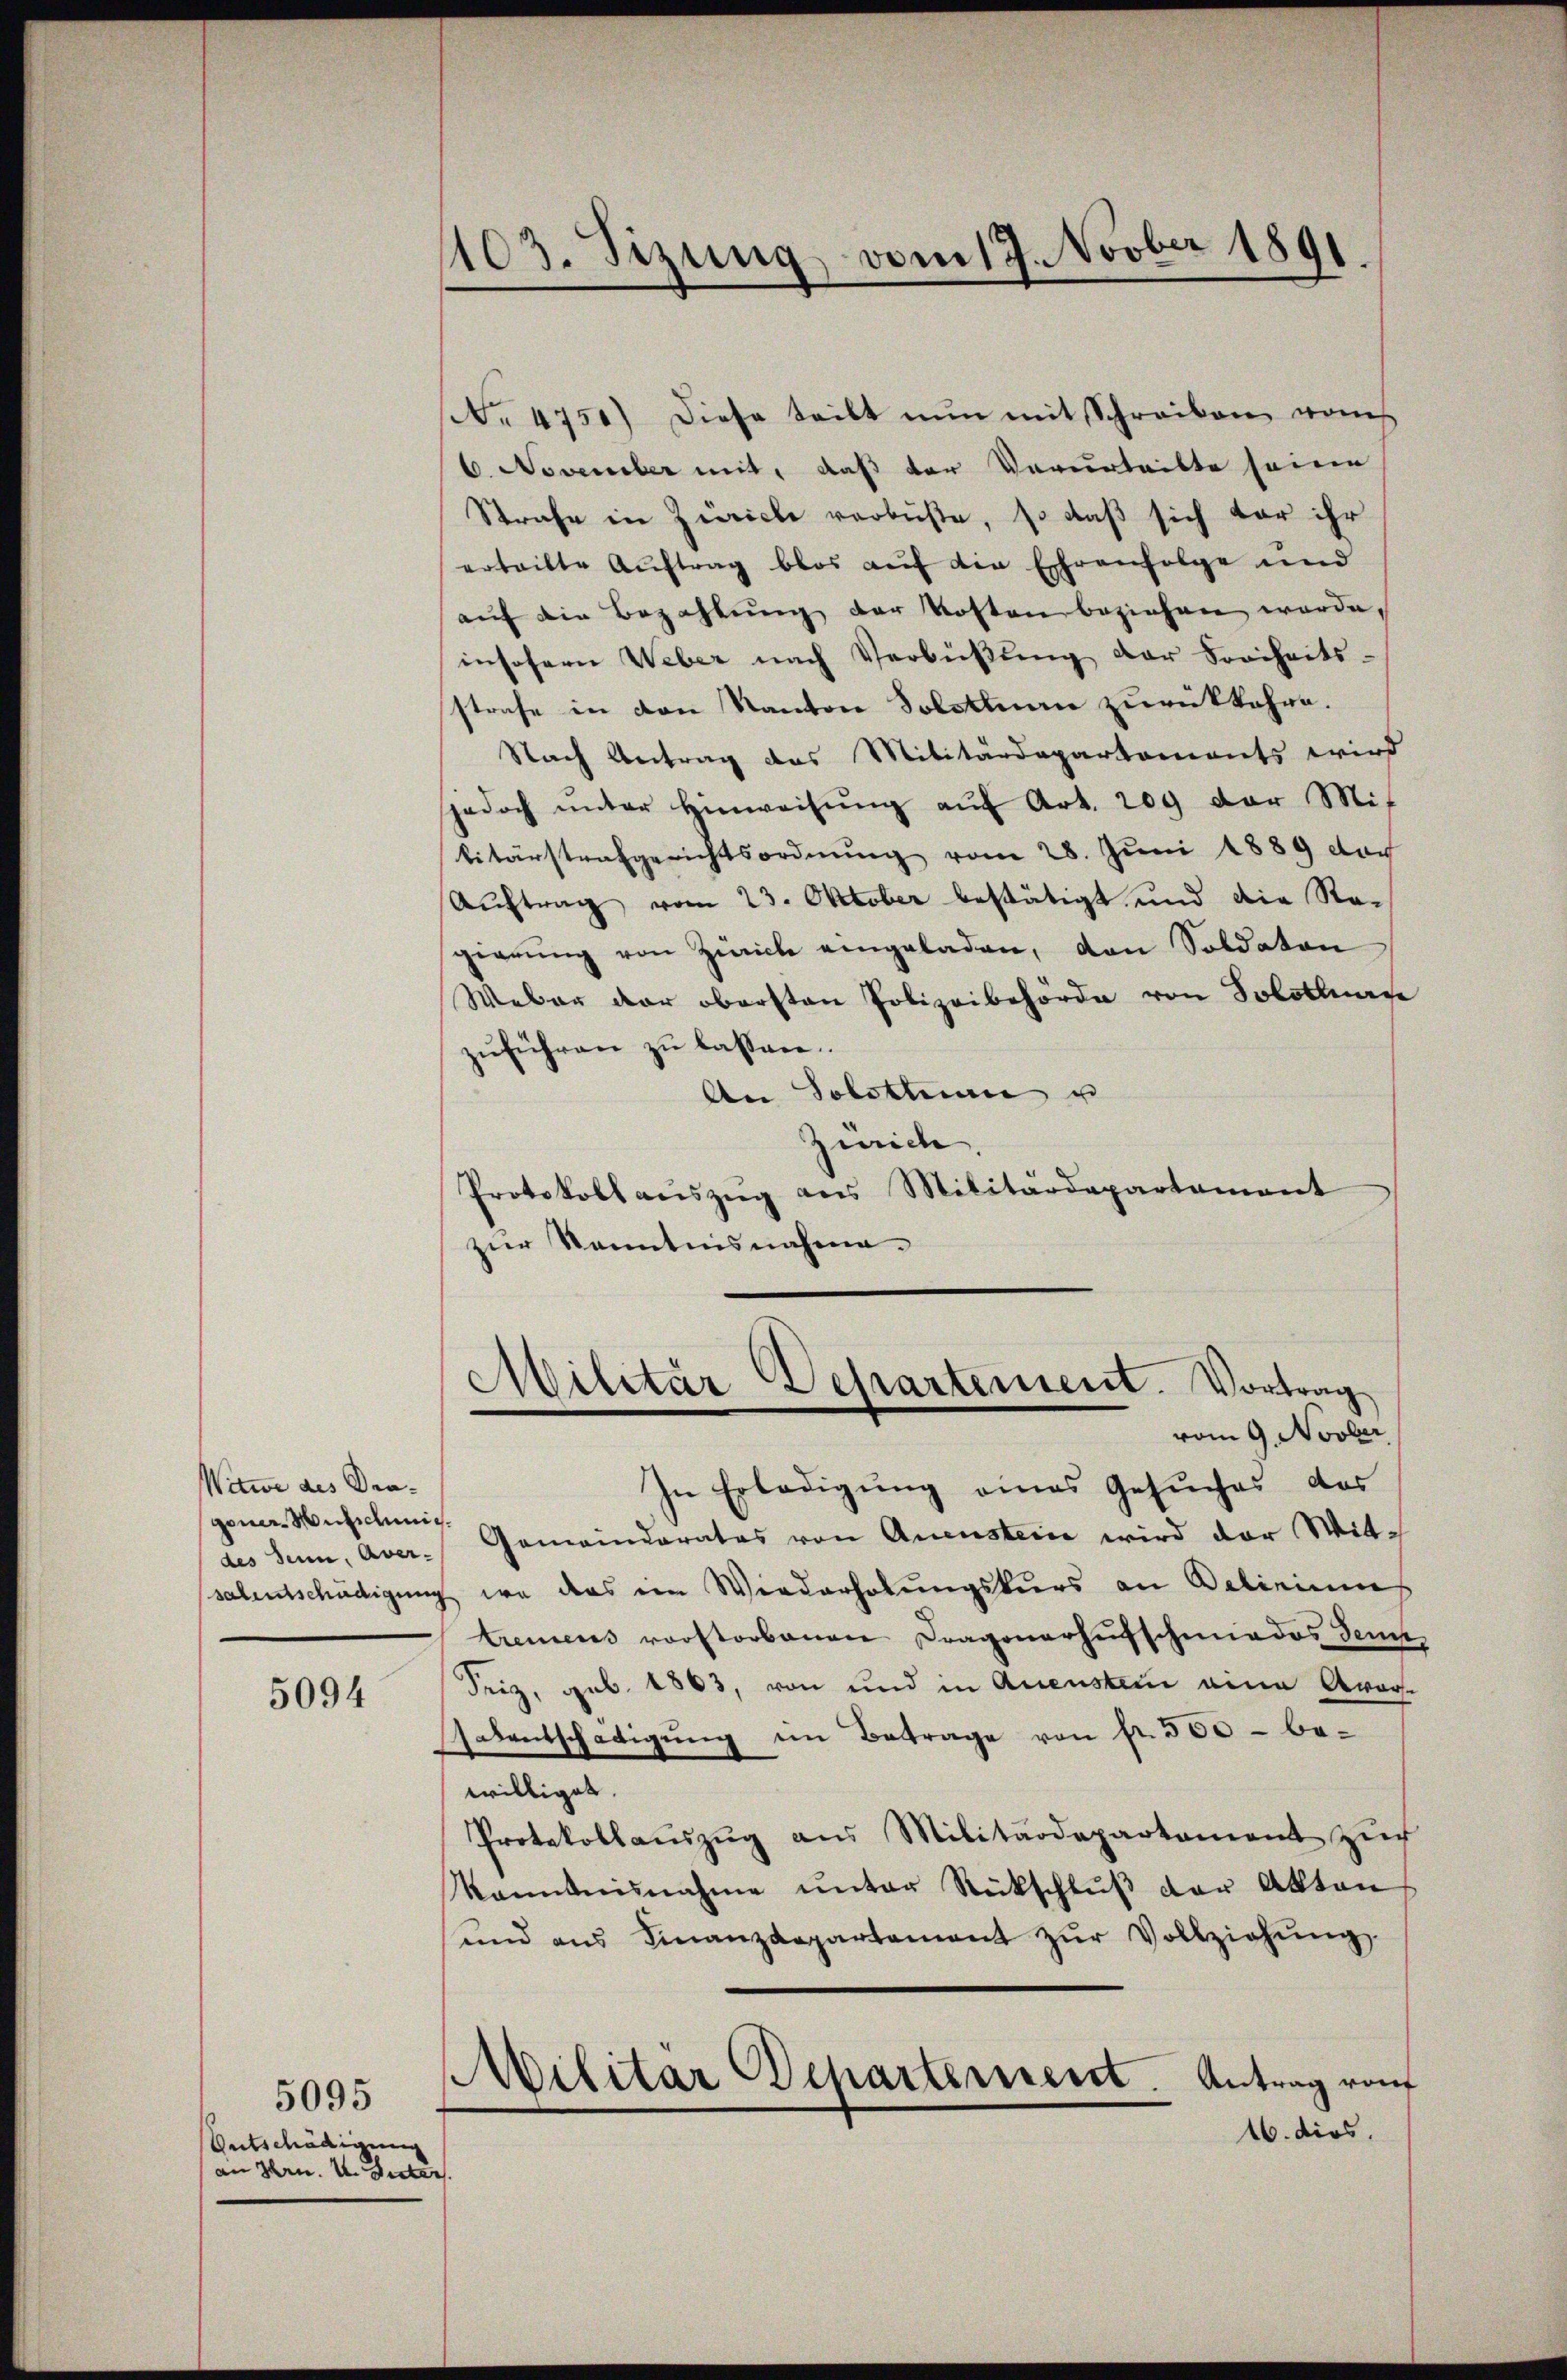
Witwe des Dragener Mutschie

5094

Entschädigung
an Hrn. v. Suter

5095

1103. Sizung vom 17. Novber 1891.

. 4750) Diese teilt nŭn mit Schreiben vom
6. November mit, daß der Verurteilte seine
Strafe in Zürich verbüße, so daß sich dar ihr
erteilte Auftrag blos auf die Ehrenfolge und
auf die Bezahlung der Kosten beziehen werde.
insofern Weber nach Verbüßung der Freiheits-
strafe in den Kanton Solothurn zurückkehre.
Nach Antrag des Militärdepartements wird
sjedoch ŭnter Hinweisŭng aŭf Art. 209 der Mit
litärstrafgerichtsordnŭng vom 28. Juni 1889 doch
Auftrag vom 23. Oktober bestätigt und die Re-
gierung von Zürich eingeladen, den Soldaten
Weber der obersten Polizeibehörde von Solothurn
zuführen zu lassen.
An Solothurn u
Zürich
Protokoll aŭszŭg ans Militärdepartament
zur Kenntnisnahma¬

In Erledigŭng eines Gesŭches das
des Senn, Aver- Gemeinderates von Anenstein wird der Wit-
salentschädigung, wo das im Wiederholungskurs an Deliniums
tremens vorstorbenen Dragonerhufschmiedes Senn,
Seiz, geb. 1863, von und in Aneusten eine Avor-
salentschädigŭng im Betrage von fr. 300 - be-
williget.
Protokollaŭszŭg aŭs Militärdepartament zŭch
kanntnisnahme ŭnter Rückschlŭβ der Akten
ŭnd aŭs Finanzdepartement zŭr Vollziehŭng
Militar Departement
Antrag von
16. dies

Militar Departement. Vortrag
vom 9. Novber